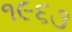
૧૯૬૩